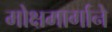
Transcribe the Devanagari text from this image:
मोक्षमार्गाने